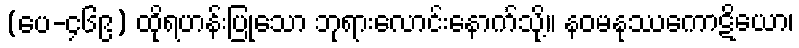
(ပေ-၄၆၉) ထိုရဟန်းပြုသော ဘုရားလောင်းနောက်သို့။ နဝမနုဿကောဋိယော၊